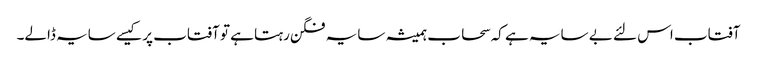
آفتاب اس لئے بے سایہ ہے کہ سحاب ہمیشہ سایہ فگن رہتا ہے تو آفتاب پر کیسے سایہ ڈالے۔